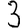
Digit: 3